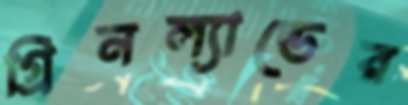
গ্রিনল্যান্ডের